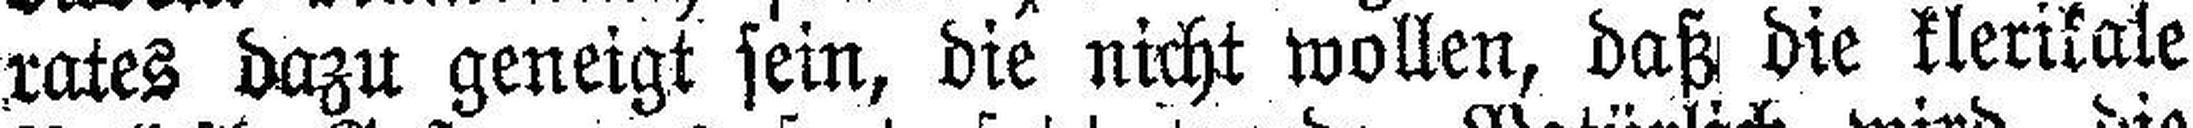
rates dazu geneigt sein, die nicht wollen, daß die klerikale